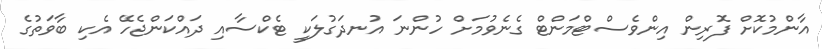
އާންމުކޮށް ފޮރިން އިންވެސްޓްމަންޓް ގެނެވުމަށް ހުންނަ އުނދަގުލަކީ ޓެކްސާއި ދައްކަންޖެހޭ އެކި ބާވަތުގެ